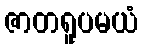
ဇာတရူပမယံ